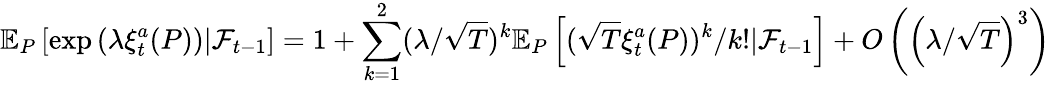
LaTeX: \mathbb{E}_{P}\left[\exp\left(\lambda\xi_{t}^{a}(P)\right)|\mathcal{F}_{t-1}\right]=1+\sum_{k=1}^{2}(\lambda/\sqrt{T})^{k}\mathbb{E}_{P}\left[(\sqrt{T}\xi_{t}^{a}(P))^{k}/k!|\mathcal{F}_{t-1}\right]+O\left(\left(\lambda/\sqrt{T}\right)^{3}\right)